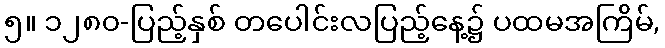
၅။ ၁၂၈၀-ပြည့်နှစ် တပေါင်းလပြည့်နေ့၌ ပထမအကြိမ်,